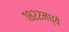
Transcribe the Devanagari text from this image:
१८२२मध्ये